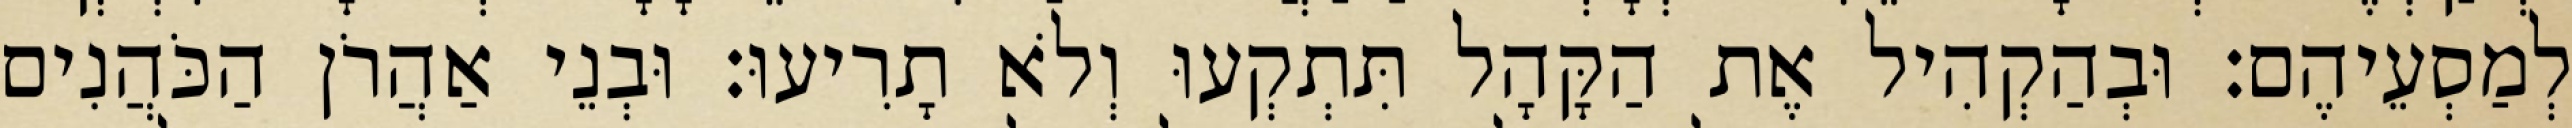
לְמַסְעֵיהֶם׃ וּבְהַקְהִיל אֶת הַקָּהָל תִּתְקְעוּ וְלֹא תָרִיעוּ׃ וּבְנֵי אַהֲרֹן הַכֹּהֲנִים